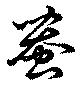
蛬